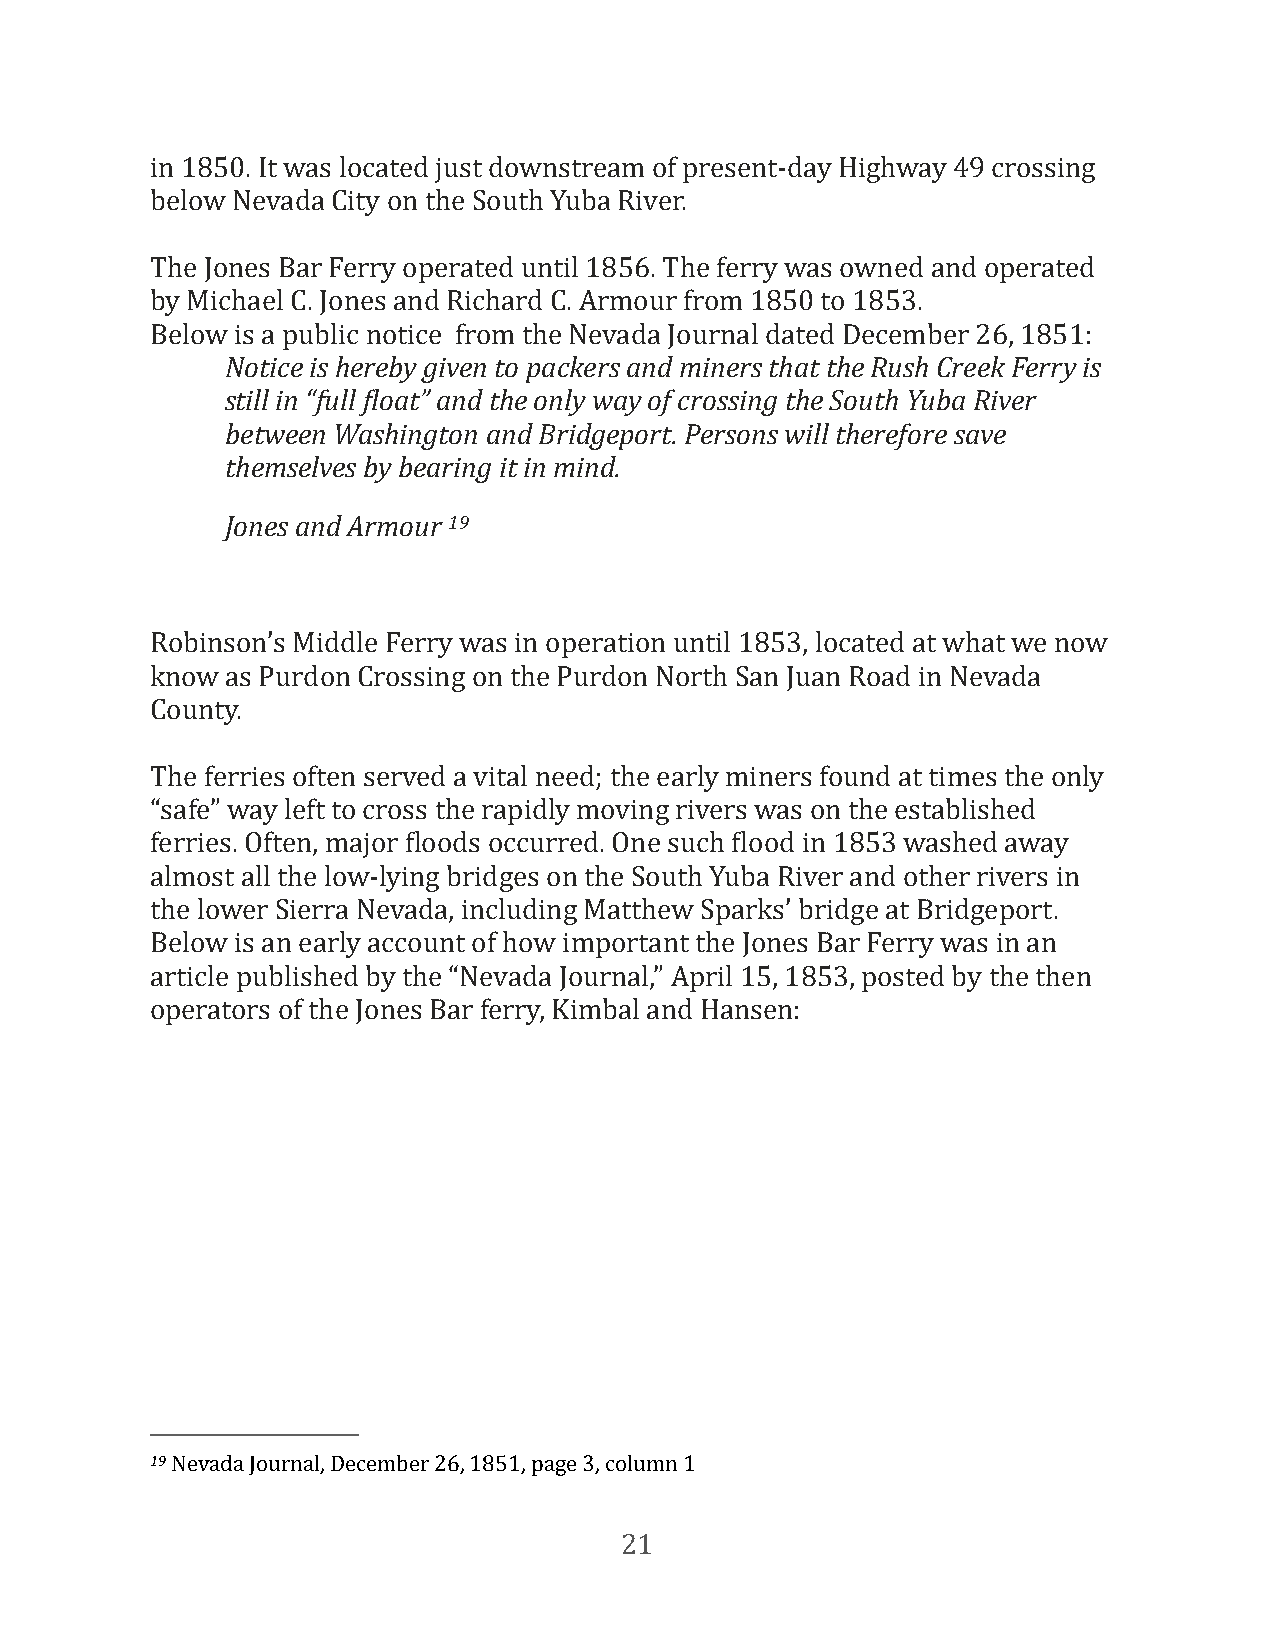
in 1850. It was located just downstream of present-day Highway 49 crossing
 below Nevada City on the South Yuba River.
 The Jones Bar Ferry operated until 1856. The ferry was owned and operated
 by Michael C. Jones and Richard C. Armour from 1850 to 1853.
 Below is a public notice from the Nevada Journal dated December 26, 1851:
 Notice is hereby given to packers and miners that the Rush Creek Ferry is
 still in “full eloat” and the only way of crossing the South Yuba River
 between Washington and Bridgeport. Persons will therefore save
 themselves by bearing it in mind.
 Jones and Armour 19
 Robinson’s Middle Ferry was in operation until 1853, located at what we now
 know as Purdon Crossing on the Purdon North San Juan Road in Nevada
 County.
 The ferries often served a vital need; the early miners found at times the only
 “safe” way left to cross the rapidly moving rivers was on the established
 ferries. Often, major Floods occurred. One such Flood in 1853 washed away
 almost all the low-lying bridges on the South Yuba River and other rivers in
 the lower Sierra Nevada, including Matthew Sparks’ bridge at Bridgeport.
 Below is an early account of how important the Jones Bar Ferry was in an
 article published by the “Nevada Journal,” April 15, 1853, posted by the then
 operators of the Jones Bar ferry, Kimbal and Hansen:
 19 Nevada Journal, December 26, 1851, page 3, column 1
 21